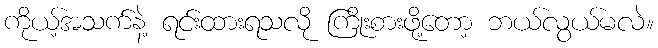
ကိုယ့်အသက်နဲ့ ရင်းထားရသလို ကြိုးစားဖို့တော့ ဘယ်လွယ်မလဲ။